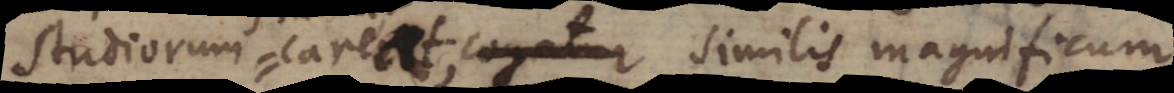
studiorum fructu careat, similis magnificum